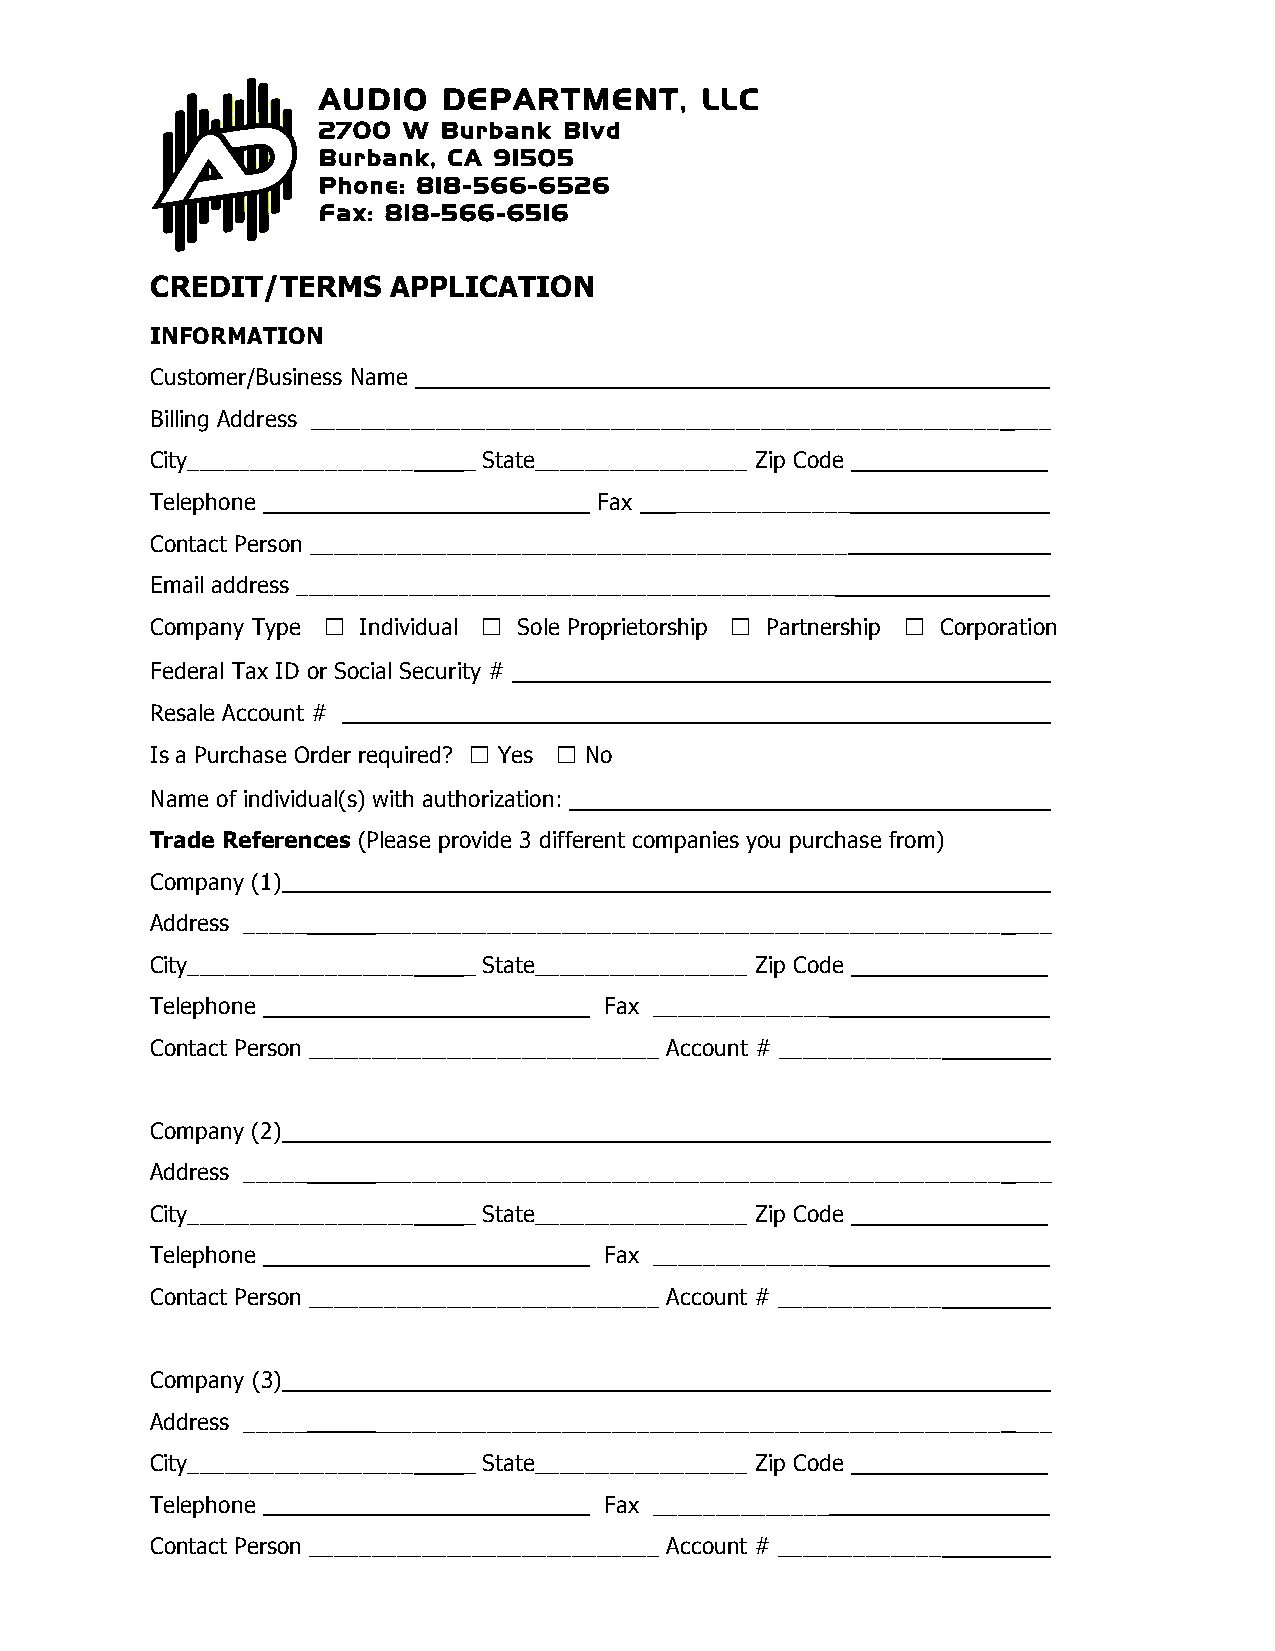
AUDIO   DEPARTMENT,      LLC
 2700  W Burbank Blvd
 Burbank, CA 91505
 Phone: 818-566-6526
 Fax: 818-566-6516
 CREDIT/TERMS    APPLICATION
 INFORMATION
 Customer/Business Name _________________________________________
 Billing Address _______________________________________________________ ___
 City__________________ _ State_________________ Zip Code ______ ________
 Telephone ______________________ ___ Fax ______________
 Contact Person ___________________________________________
 Email address ___________________________________________
 Company Type ☐ Individual ☐ Sole Proprietorship ☐ Partnership ☐ Corporation
 Federal Tax ID or Social Security #
 Resale Account #
 Is a Purchase Order required? ☐ Yes ☐ No
 Name of individual(s) with authorization:
 Trade References (Please provide 3 different companies you purchase from)
 Company (1)
 Address _____  __________________________________________________ ___
 City__________________ _ State_________________ Zip Code ______ ________
 Telephone ______________________ ___ Fax ______________
 Contact Person ____________________________ Account # _____________
 Company (2)
 Address _____  __________________________________________________ ___
 City__________________ _ State_________________ Zip Code ______ ________
 Telephone ______________________ ___ Fax ______________
 Contact Person ____________________________ Account # _____________
 Company (3)
 Address _____  __________________________________________________ ___
 City__________________ _ State_________________ Zip Code ______ ________
 Telephone ______________________ ___ Fax ______________
 Contact Person ____________________________ Account # _____________